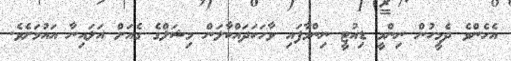
އެހެންވެ ދެމީހުން ނިންމީ ޑިއުޓީ ނިންމާފައި ވާހަކަދައްކާލަން މިޝަލްގެ ގެއަށް އަލައިނާ އައުމަށެވެ.